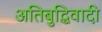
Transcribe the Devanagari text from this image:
अतिबुद्धिवादी